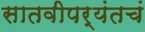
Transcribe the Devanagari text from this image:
सातवीपर्यंतचं